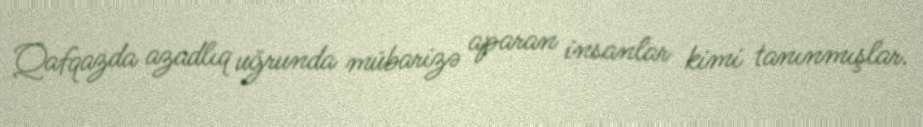
Qafqazda azadlıq uğrunda mübarizə aparan insanlar kimi tanınmışlar.